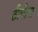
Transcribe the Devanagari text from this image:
तीगोवा